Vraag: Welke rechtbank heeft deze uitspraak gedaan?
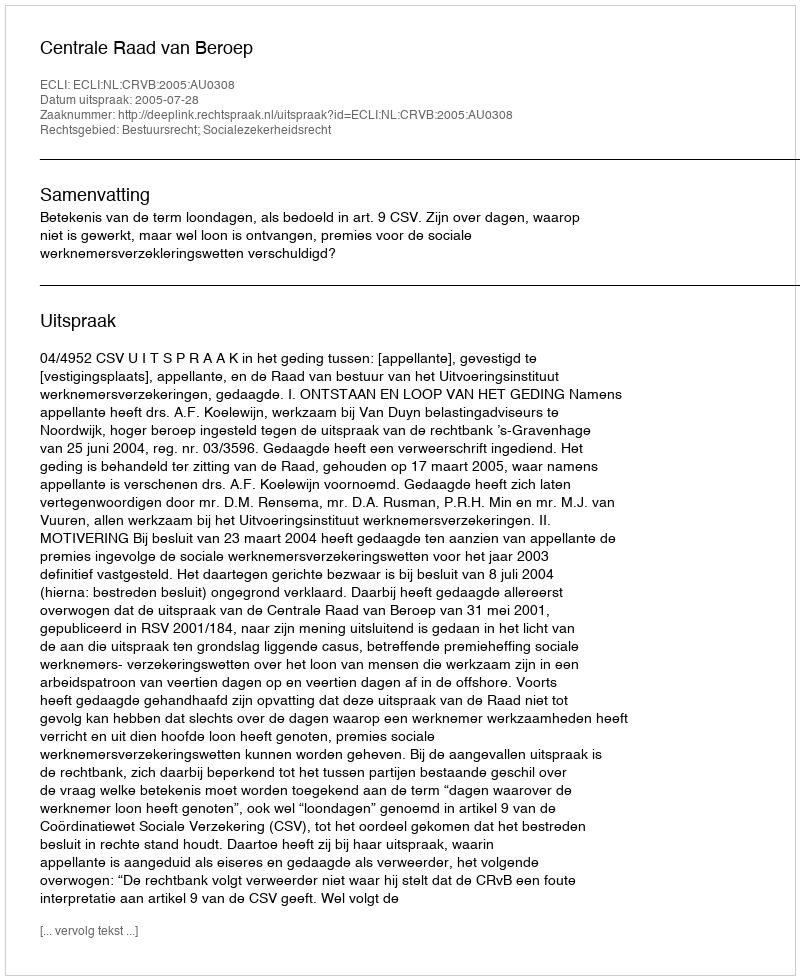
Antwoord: Centrale Raad van Beroep